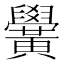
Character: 黌